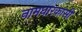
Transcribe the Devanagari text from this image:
नामधारकासी